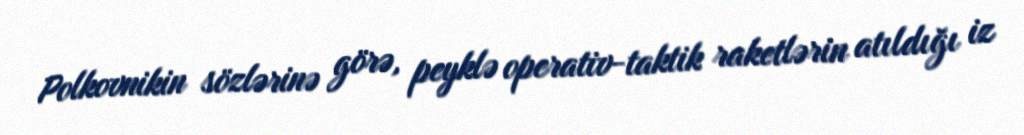
Polkovnikin sözlərinə görə, peyklə operativ-taktik raketlərin atıldığı iz